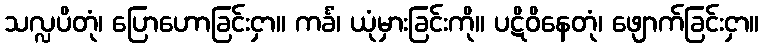
သလ္လပိတုံ၊ ပြောဟောခြင်းငှာ။ ကင်္ခံ၊ ယုံမှားခြင်းကို။ ပဋိဝိနေတုံ၊ ဖျောက်ခြင်းငှာ။